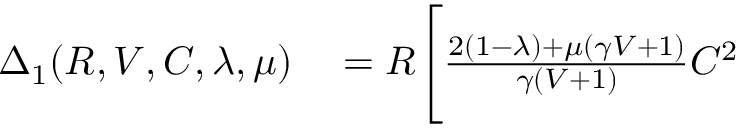
\begin{array} { r l } { \Delta _ { 1 } ( R , V , C , \lambda , \mu ) } & { { } = R \Bigg [ \frac { 2 ( 1 - \lambda ) + \mu ( \gamma V + 1 ) } { \gamma ( V + 1 ) } C ^ { 2 } } \end{array}